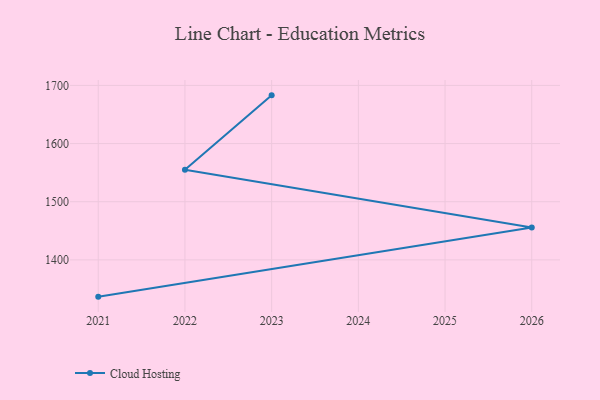
{"axis": {"x": "Year", "y": "Production Output"}, "legend": ["Cloud Hosting"], "data": [{"x": "2021", "y": 1336.8, "type": "Cloud Hosting"}, {"x": "2026", "y": 1455.8, "type": "Cloud Hosting"}, {"x": "2022", "y": 1554.8, "type": "Cloud Hosting"}, {"x": "2023", "y": 1682.9, "type": "Cloud Hosting"}]}